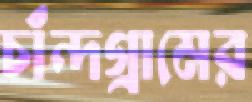
চাঁন্দগ্রামের